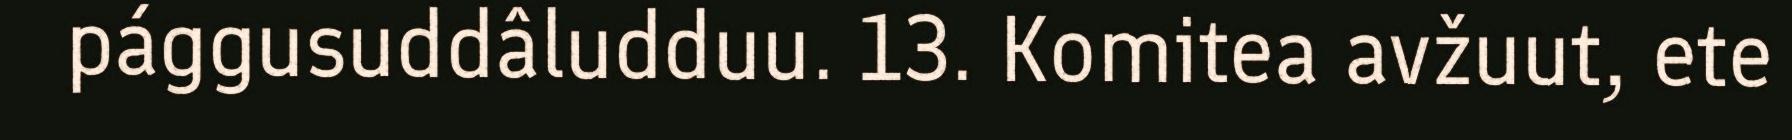
pággusuddâludduu. 13. Komitea avžuut, ete